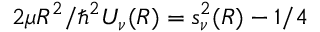
2 \mu R ^ { 2 } / \hbar ^ { 2 } U _ { \nu } ( R ) = s _ { \nu } ^ { 2 } ( R ) - 1 / 4